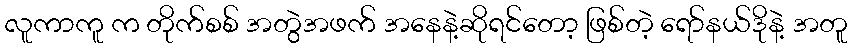
လူကာကူ က တိုက်စစ် အတွဲအဖက် အနေနဲ့ဆိုရင်တော့ ဖြစ်တဲ့ ရော်နယ်ဒိုနဲ့ အတူ